Scottish Leaving Certificate Examination, 1957
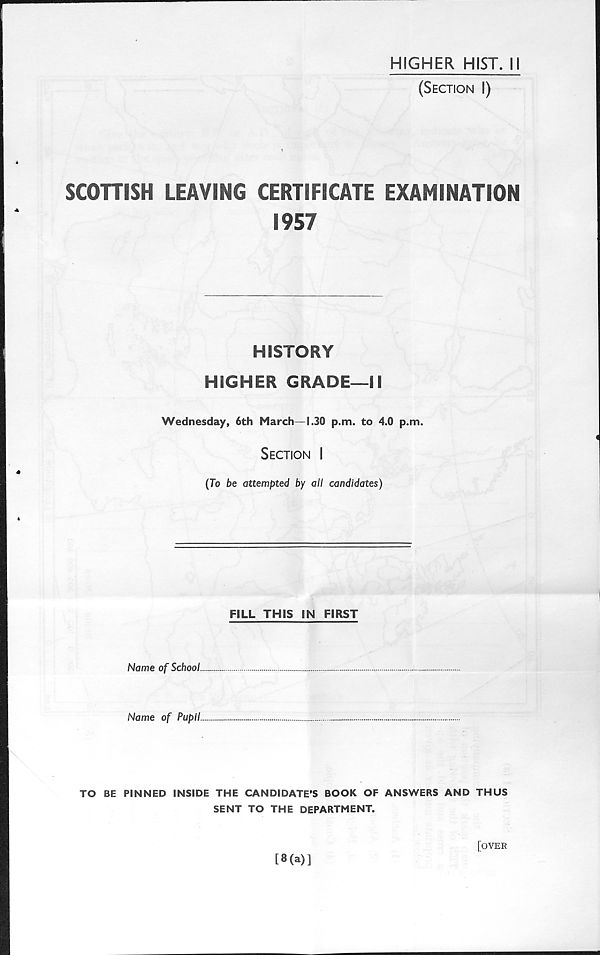
HIGHER HIST. 11
(Section I)
SCOTTISH LEAVING CERTIFICATE EXAMINATION
1957
HISTORY
HIGHER GRADE—II
Wednesday, 6th March—1.30 p.m. to 4.0 p.m.
Section I
(To be attempted by all candidates)
FILL THIS IN FIRST
Name of School.
Name of Pupil
TO BE PINNED INSIDE THE CANDIDATE’S BOOK OF ANSWERS AND THUS
SENT TO THE DEPARTMENT.
[*0>)]
[over